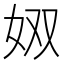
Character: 𪥫